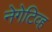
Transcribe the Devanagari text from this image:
नेगेटिव्ह